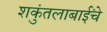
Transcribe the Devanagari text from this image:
शकुंतलाबाईंचे